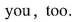
you,too.